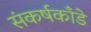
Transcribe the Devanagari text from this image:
संकर्षकाँडे